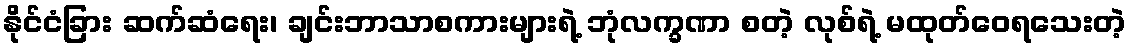
နိုင်ငံခြား ဆက်ဆံရေး၊ ချင်းဘာသာစကားများရဲ့ ဘုံလက္ခဏာ စတဲ့ လုစ်ရဲ့ မထုတ်ဝေရသေးတဲ့